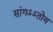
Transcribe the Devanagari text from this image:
सांगऽऽतोय